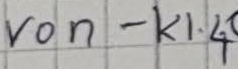
Text: von - K1.4